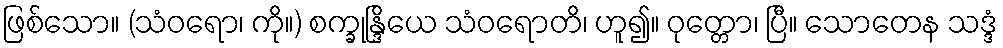
ဖြစ်သော။ (သံဝရော၊ ကို။) စက္ခုန္ဒြိယေ သံဝရောတိ၊ ဟူ၍။ ဝုတ္တော၊ ပြီ။ သောတေန သဒ္ဒံ